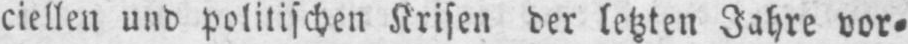
ciellen und polnischen Krisen der letzten Jahre vor⸗